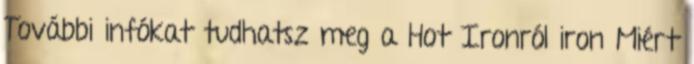
További infókat tudhatsz meg a Hot Ironról iron Miért